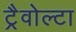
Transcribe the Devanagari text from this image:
ट्रैवोल्टा